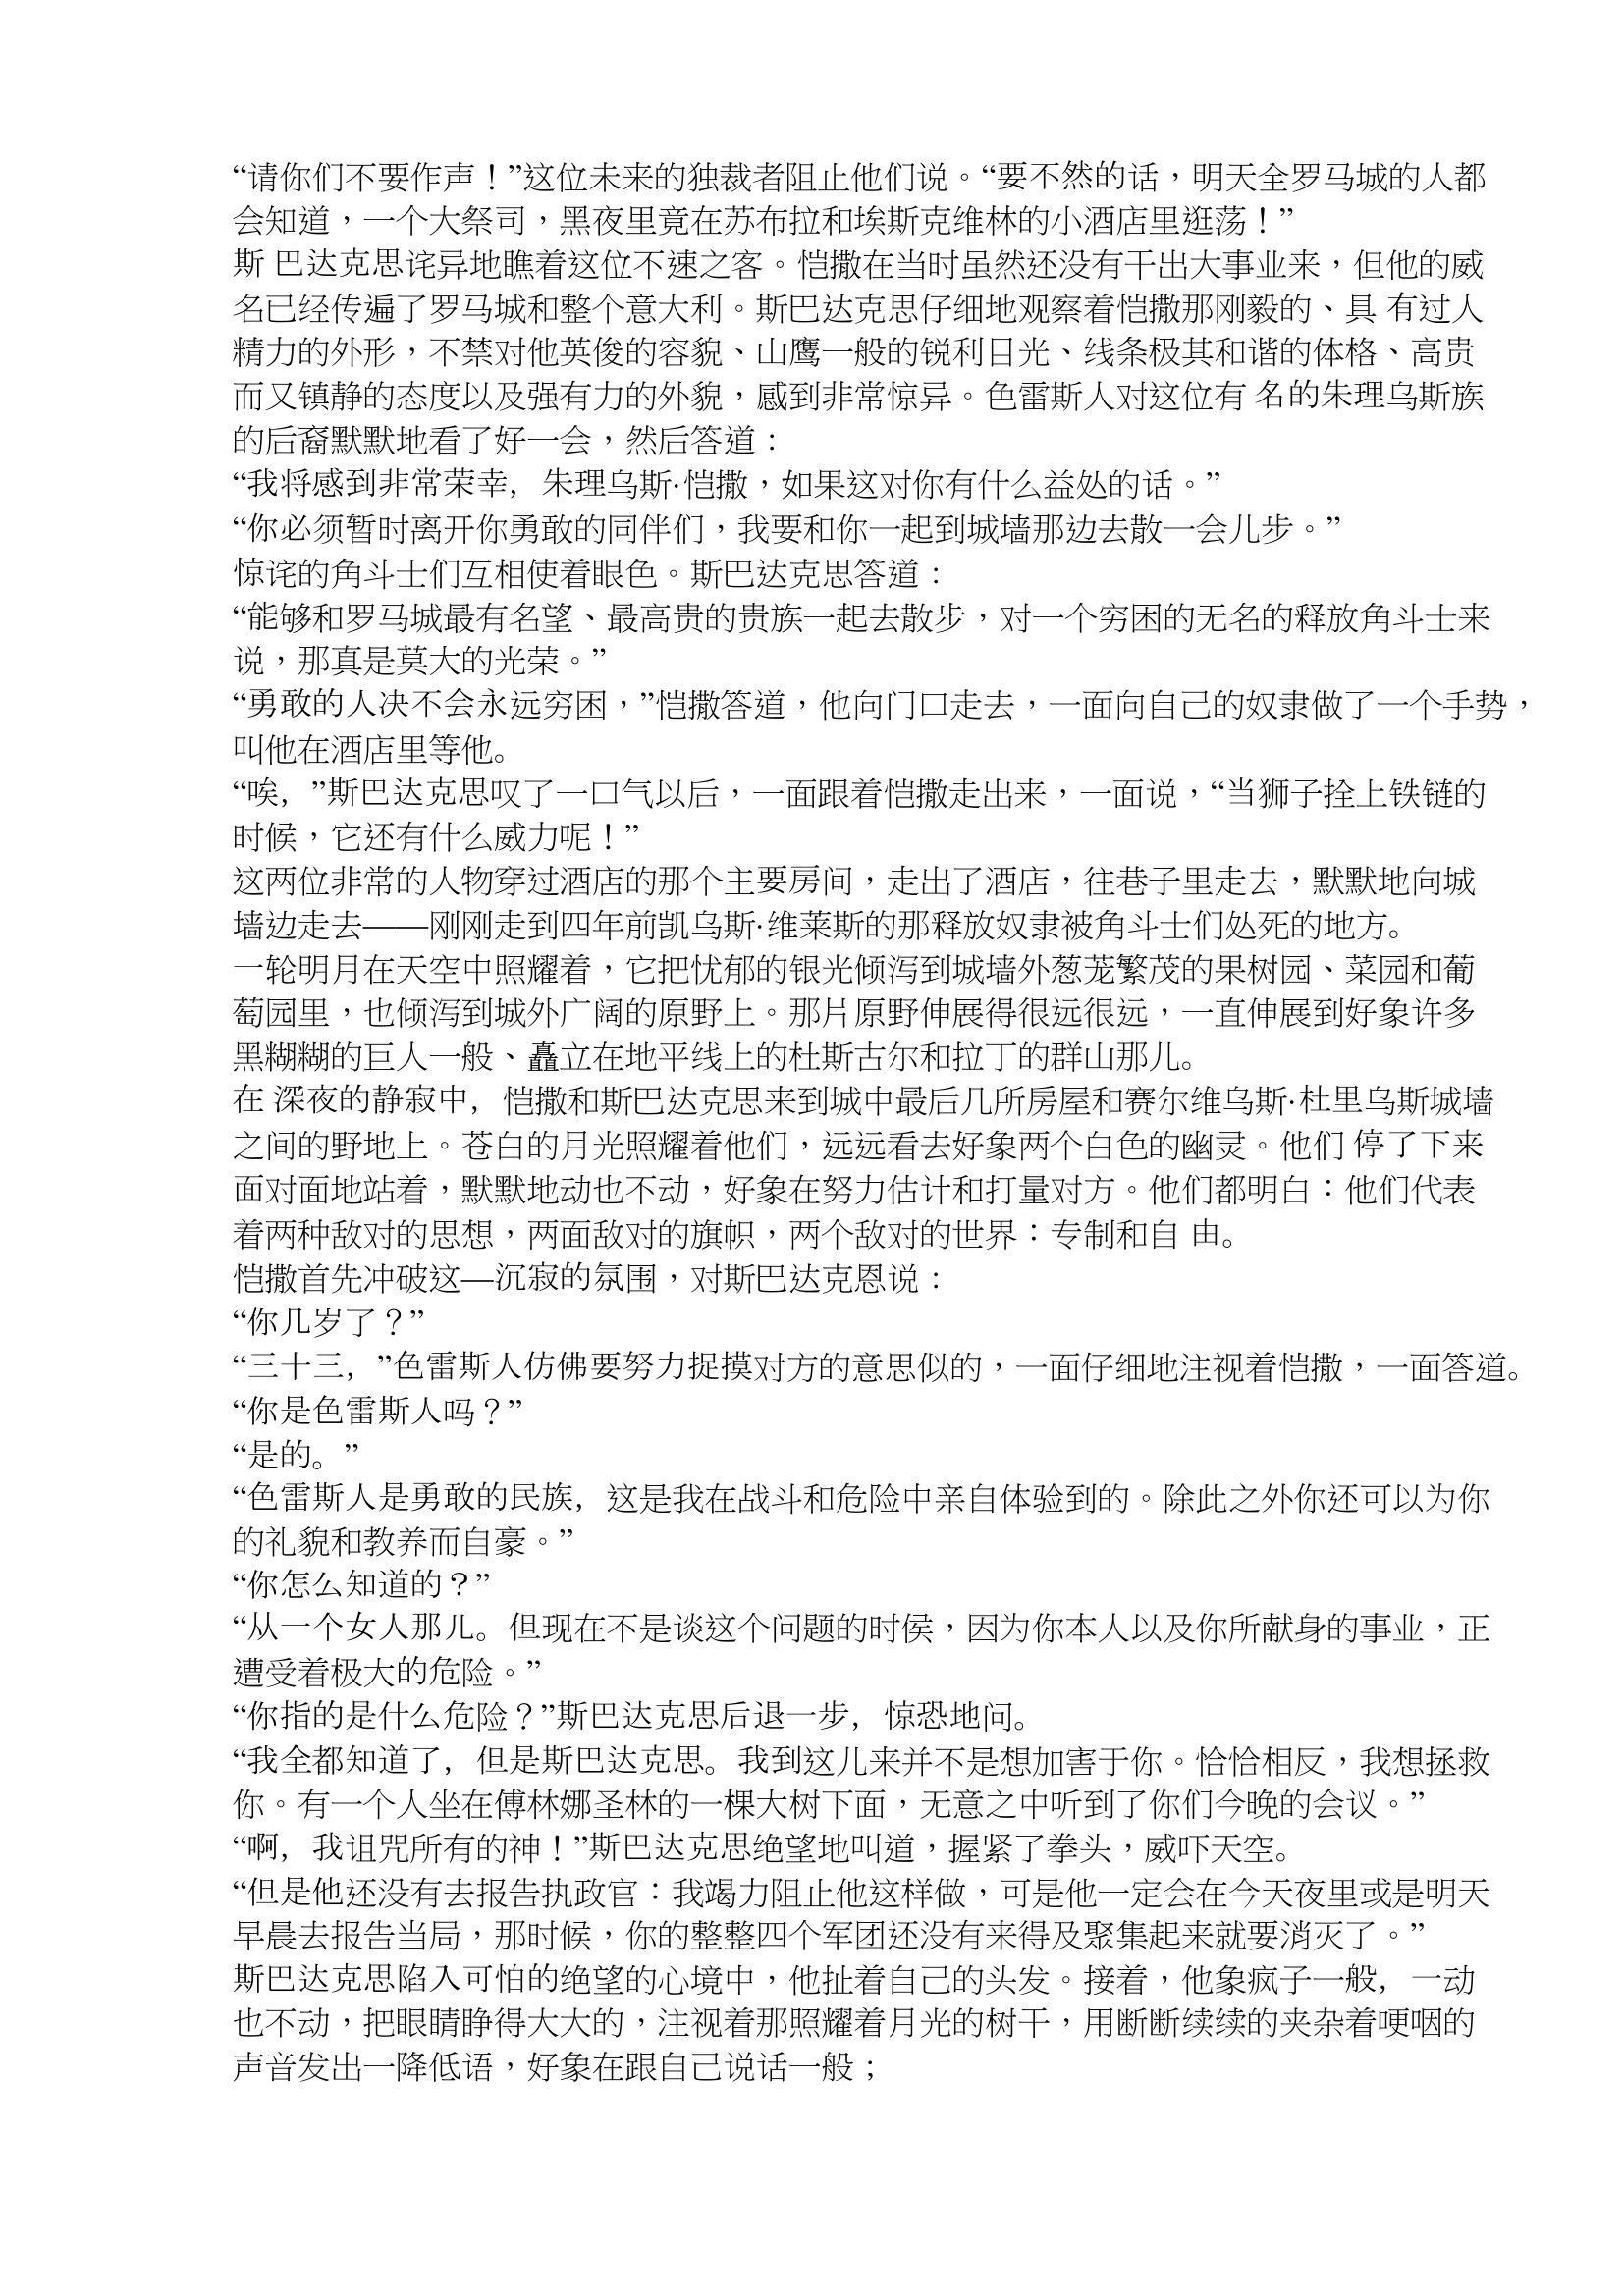
Language: zh